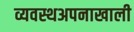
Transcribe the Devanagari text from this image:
व्यवस्थअपनाखाली